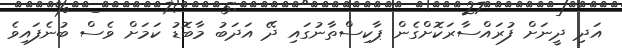
އަދި ދީނަށް ފުރައްސާރަކޮށްގެން ޕާކިސްތާނުގައި ދޭ އަދަބު މާބޮޑު ކަމަށް ވެސް ބުނެފައިވެ